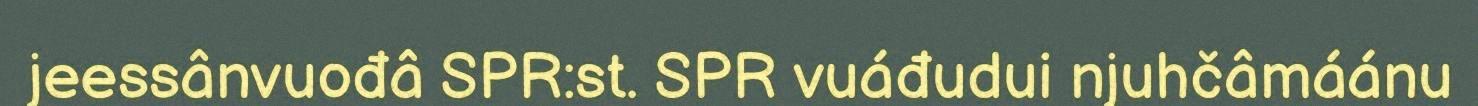
jeessânvuođâ SPR:st. SPR vuáđudui njuhčâmáánu